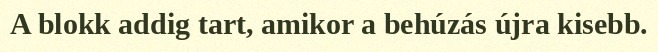
A blokk addig tart, amikor a behúzás újra kisebb.